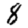
Digit: 8